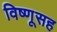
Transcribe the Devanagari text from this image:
विष्णूसह